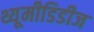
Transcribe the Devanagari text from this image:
थ्यूमीडिडीज